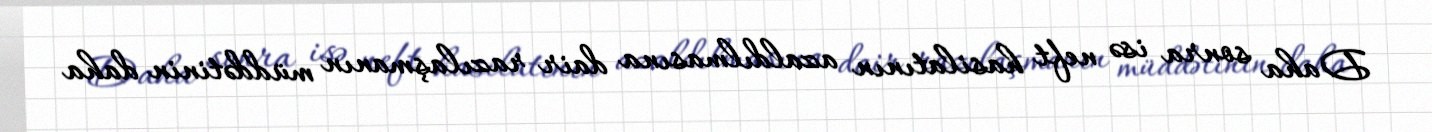
Daha sonra isə neft hasilatının azaldılmasına dair razılaşmanın müddətinin daha